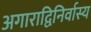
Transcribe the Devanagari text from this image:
अगाराद्विनिर्वास्य